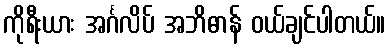
ကိုရီးယား အင်္ဂလိပ် အဘိဓာန် ဝယ်ချင်ပါတယ်။